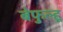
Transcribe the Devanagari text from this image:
बेफुल्हू